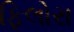
ફિલોરા